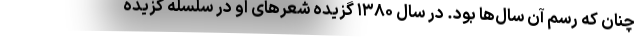
چنان که رسم آن سال‌ها بود. در سال ۱۳۸۰ گزیده شعرهای او در سلسله گزیده